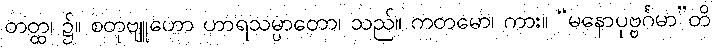
တတ္ထ၊ ၌။ စတုဗျူဟော ဟာရသမ္ပာတော၊ သည်။ ကတမော၊ ကား။ “မနောပုဗ္ဗင်္ဂမာ”တိ